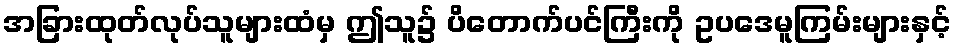
အခြားထုတ်လုပ်သူများထံမှ ဤသူ၌ ပိတောက်ပင်ကြီးကို ဥပဒေမူကြမ်းများနှင့်